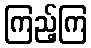
ကြည့်ကြ